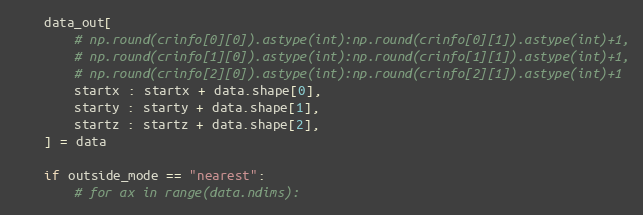
Language: Python
    data_out[
        # np.round(crinfo[0][0]).astype(int):np.round(crinfo[0][1]).astype(int)+1,
        # np.round(crinfo[1][0]).astype(int):np.round(crinfo[1][1]).astype(int)+1,
        # np.round(crinfo[2][0]).astype(int):np.round(crinfo[2][1]).astype(int)+1
        startx : startx + data.shape[0],
        starty : starty + data.shape[1],
        startz : startz + data.shape[2],
    ] = data

    if outside_mode == "nearest":
        # for ax in range(data.ndims):